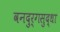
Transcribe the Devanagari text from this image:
वनदुर्गसुद्धा